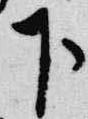
下